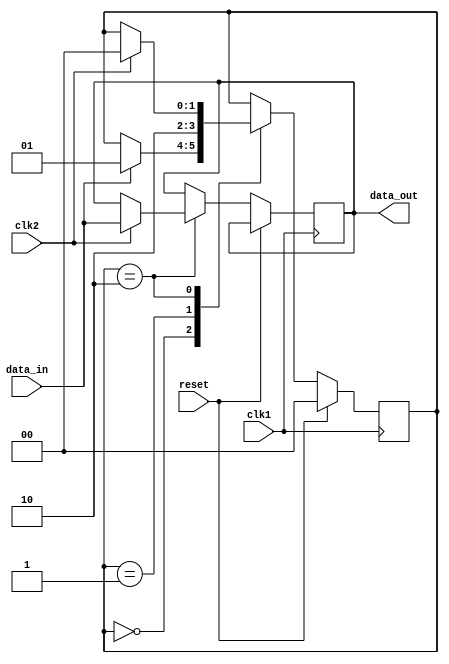
module synchronizer (
    input wire clk1, // input clock domain
    input wire clk2, // output clock domain
    input wire reset, // asynchronous reset
    input wire data_in, // input data signal
    output reg data_out // output data signal
);

reg [1:0] state;
parameter IDLE = 2'b00, SYNC = 2'b01, READY = 2'b10;

always @(posedge clk1) begin
    if (reset) begin
        state <= IDLE;
    end else begin
        case (state)
            IDLE: begin
                if (data_in) begin
                    state <= SYNC;
                end
            end
            SYNC: begin
                state <= READY;
            end
            READY: begin
                if (clk2) begin
                    data_out <= data_in;
                    state <= IDLE;
                end
            end
        endcase
    end
end

endmodule